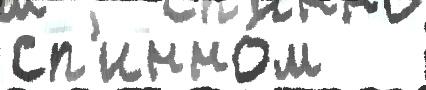
сп'инно́м